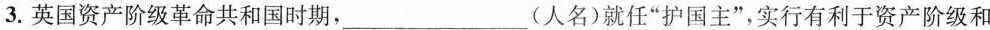
3.英国资产阶级革命共和国时期，___（人名）就任”护国主”，实行有利于资产阶级和